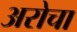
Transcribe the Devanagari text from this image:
अरोचा